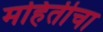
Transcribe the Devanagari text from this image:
महितीचा